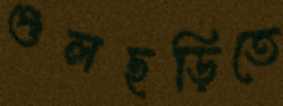
গুলছড়িতে